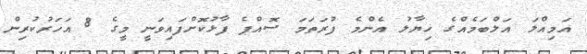
އަމިއްލަ އަލްބަމެއްގެ ޚިޔާލު އެންމެ ފުރަތަމަ ސޮއްޕެ ފާޅުކޮށްފައިވަނީ މީގެ 8 އަހަރުކުރިން